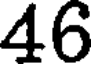
46